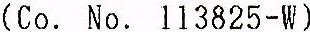
(CO. NO. 113825-W)